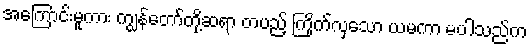
အကြောင်းမူကား ကျွန်တော်တို့ဆရာ တပည့် ကြိုက်လှသော ယမကာ မပါသည်က